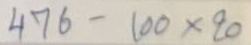
476 - 100 x 20